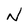
Character: N